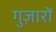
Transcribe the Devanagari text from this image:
गुज़ारों